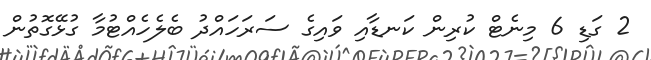
2 ގަޑި 6 މިނެޓް ކުރިން ކަނޑާއި ވައިގެ ސަރަހައްދު ބެލެހެއްޓުމާ ގުޅޭގޮތުން